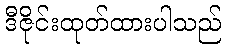
ဒီဇိုင်းထုတ်ထားပါသည်